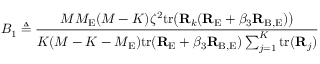
B _ { 1 } \triangleq \frac { M M _ { \mathrm { E } } ( M - K ) \zeta ^ { 2 } \mathrm { t r } \big ( { \bf R } _ { k } ( { \bf R } _ { \mathrm { E } } + \beta _ { 3 } { \bf R } _ { \mathrm { B , E } } ) \big ) } { K ( M - K - M _ { \mathrm { E } } ) \mathrm { t r } ( { \bf R } _ { \mathrm { E } } + \beta _ { 3 } { \bf R } _ { \mathrm { B , E } } ) \sum _ { j = 1 } ^ { K } \mathrm { t r } ( { \bf R } _ { j } ) }